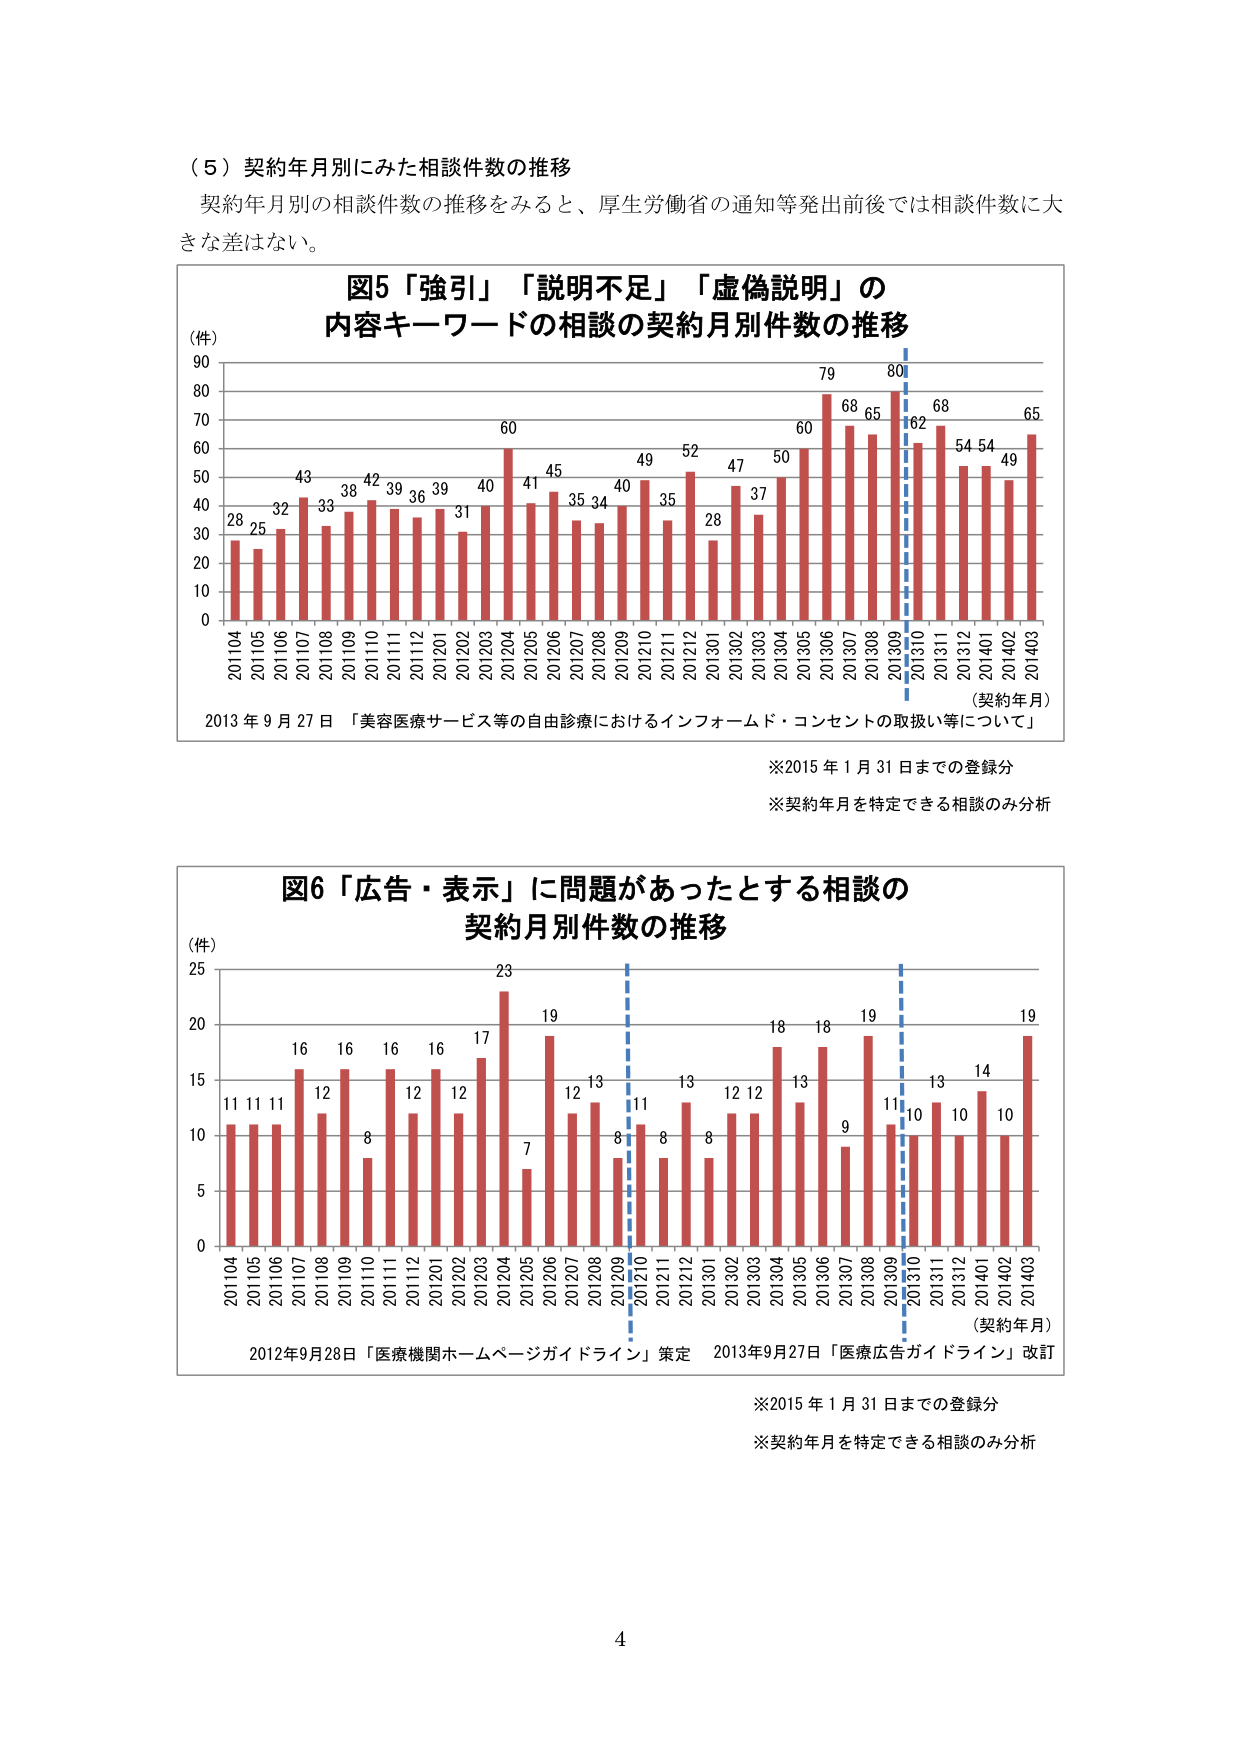
（５）契約年月別にみた相談件数の推移
契約年月別の相談件数の推移をみると、厚生労働省の通知等発出前後では相談件数に大きな差はない。

図5「強引」「説明不足」「虚偽説明」の
内容キーワードの相談の契約月別件数の推移
（件）
90
80
70
60
50
40
30
20
10
0
28 25 32 43 33 38 42 39 36 39 31 40 60 41 45 35 34 40 49 35 52 28 47 37 50 60 79 68 65 80 162 68 54 54 49 65
201104 201105 201106 201107 201108 201109 201110 201111 201112 201201 201202 201203 201204 201205 201206 201207 201208 201209 201210 201211 201212 201301 201302 201303 201304 201305 201306 201307 201308 201309 201310 201311 201312 201401 201402 201403
（契約年月）
2013 年 9 月 27 日「美容医療サービス等の自由診療におけるインフォームド・コンセントの取扱い等について」
※2015 年 1 月 31 日までの登録分
※契約年月を特定できる相談のみ分析

図6「広告・表示」に問題があったとする相談の
契約月別件数の推移
（件）
25
20
15
10
5
0
11 11 11 16 12 16 8 16 12 16 12 17 23 7 19 12 13 8 11 8 13 8 12 12 18 13 18 9 19 11 10 13 10 14 10 19
201104 201105 201106 201107 201108 201109 201110 201111 201112 201201 201202 201203 201204 201205 201206 201207 201208 201209 201210 201211 201212 201301 201302 201303 201304 201305 201306 201307 201308 201309 201310 201311 201312 201401 201402 201403
（契約年月）
2012年9月28日「医療機関ホームページガイドライン」策定　2013年9月27日「医療広告ガイドライン」改訂
※2015 年 1 月 31 日までの登録分
※契約年月を特定できる相談のみ分析

4